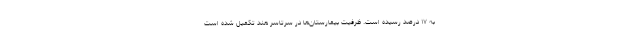
به ۱۷ درصد رسیده است. ظرفیت بیمارستان‌ها در سرتاسر هند تکمیل شده است